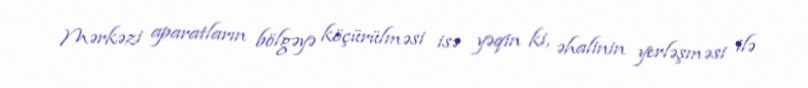
Mərkəzi aparatların bölgəyə köçürülməsi isə yəqin ki, əhalinin yerləşməsi ilə